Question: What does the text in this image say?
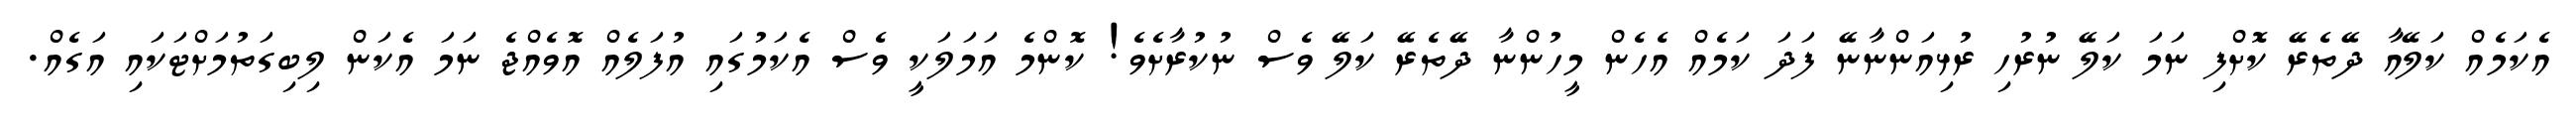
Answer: އެކަމެއް ކަލޭއާ ދޭތެރޭ ކޮށްފި ނަމަ ކަލޭ ނުރުހި ރުޅިއަންނާނޭ ފަދަ ކަމެއް އެހެން މީހުންނާ ދޭތެރޭ ކަލޭ ވެސް ނުކުރާށެވެ! ކޮންމެ އަމަލަކީ ވެސް އެކަމުގައި އުފަލެއް އޮވެއްޖެ ނަމަ އެކަން ލިބިގަތުމަށްޓަކައި އަގެއް.